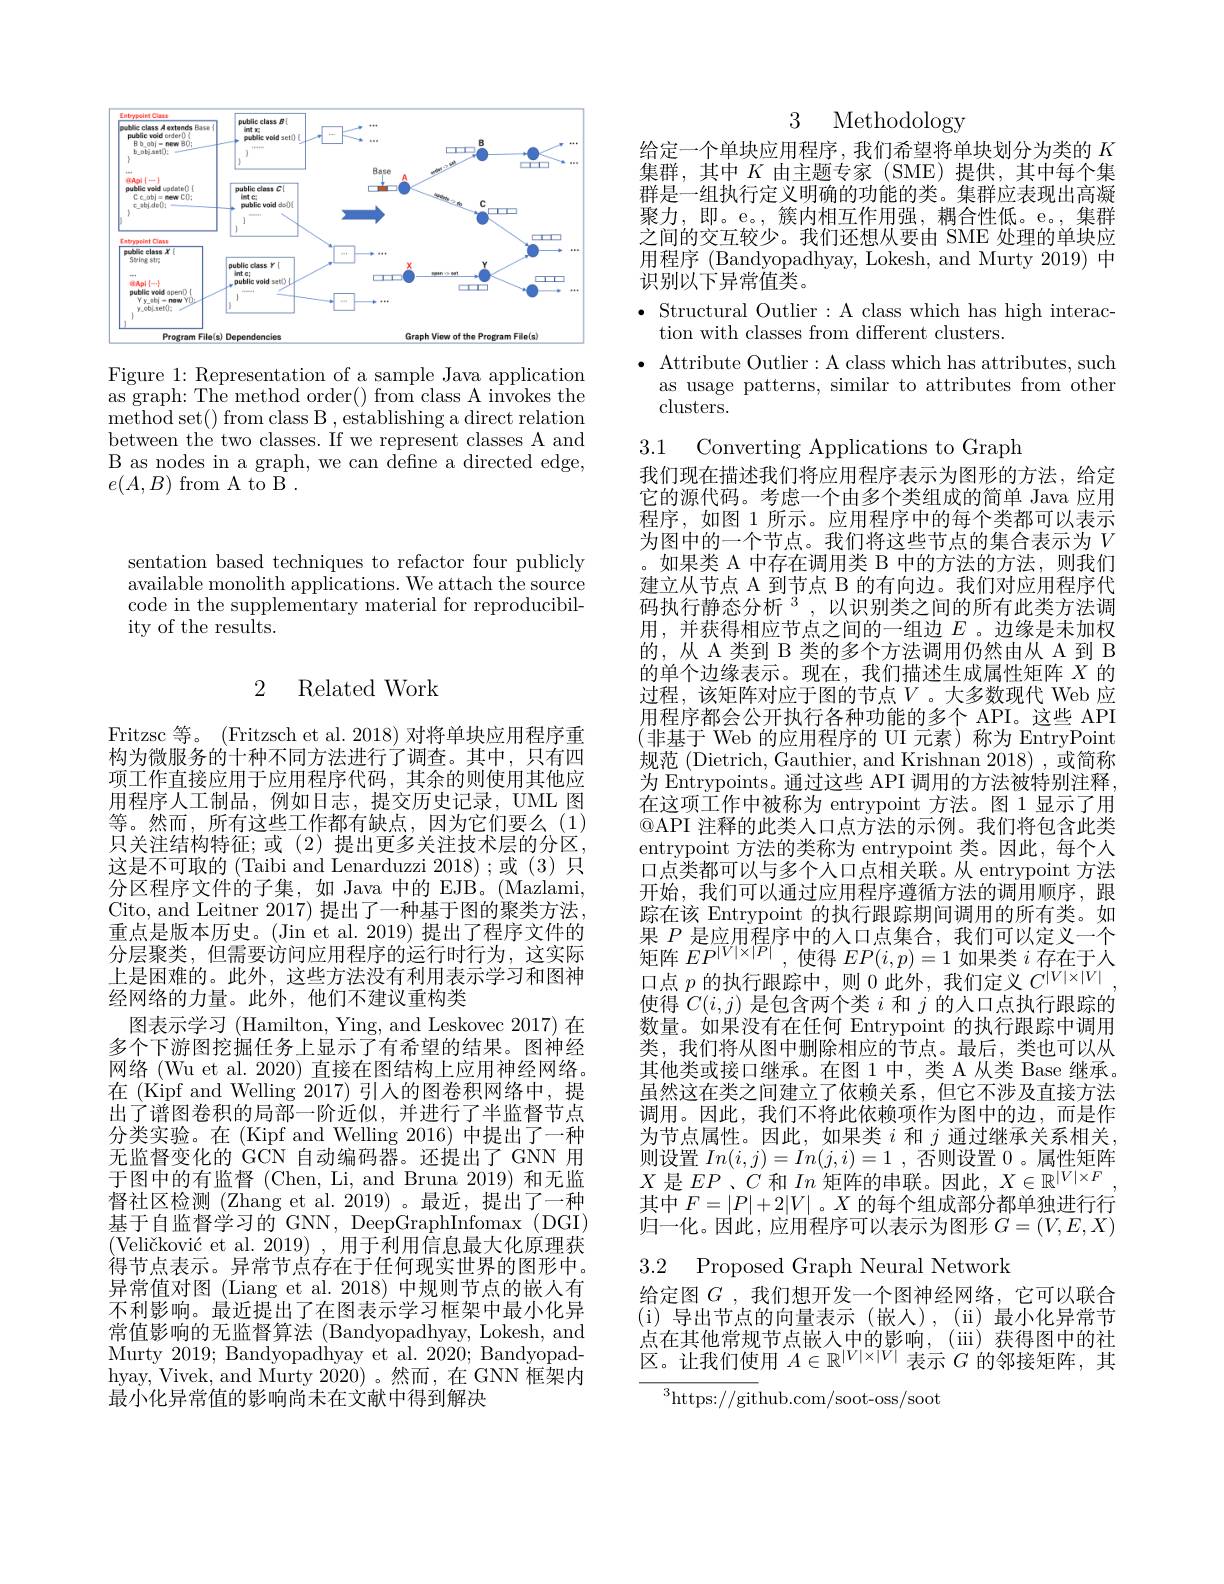
<FigureHere>

Figure 1: Representation of a sample Java application $\bar{\text{as graph: The method order() from class A invokes the}}$ ${\mathrm{method~set()~from~class~B~,~establishing~a~direct~relation}}$ between the two classes. If we represent classes A and B as nodes in a graph, we can define a directed edge, $e(A,B)$ from A to B.

sentation based techniques to refactor four publicly available monolith applications. We attach the source code in the supplementary material for reproducibility of the results.

# 2 Related Work

Fritzsc 等。(Fritzsch et al. 2018) 对将单块应用程序重构为微服务的十种不同方法进行了调查。其中，只有四项工作直接应用于应用程序代码，其余的则使用其他应用程序人工制品，例如日志，提交历史记录，UML 图等。然而，所有这些工作都有缺点，因为它们要么(1) 只关注结构特征；或(2)提出更多关注技术层的分区， 这是不可取的 (Taibi and Lenarduzzi 2018) ;或 (3) 只分区程序文件的子集，如 Java 中的 EJB。(Mazlami, Cito, and Leitner 2017) 提出了一种基于图的聚类方法， 重点是版本历史。(Jin et al. 2019) 提出了程序文件的分层聚类，但需要访问应用程序的运行时行为，这实际上是困难的。此外，这些方法没有利用表示学习和图神经网络的力量。此外，他们不建议重构类
图表示学习 (Hamilton, Ying, and Leskovec 2017) 在多个下游图挖掘任务上显示了有希望的结果。图神经网络 (Wu et al. 2020) 直接在图结构上应用神经网络。在 (Kipf and Welling 2017) 引人的图卷积网络中，提出了谱图卷积的局部一阶近似，并进行了半监督节点分类实验。在(Kipf and Welling 2016)中提出了一种无监督变化的 GCN 自动编码器。还提出了 GNN 用于图中的有监督 (Chen, Li, and Bruna 2019) 和无监督社区检测 (Zhang et al. 2019) 。最近，提出了一种基于自监督学习的 GNN, DeepGraphInfomax (DGI) $( \text{Veli\v {c}kovi\' {c}etal. 2019) , 用 于 利 用 信 息 最 大 化 原 理 获 }$ 得节点表示。异常节点存在于任何现实世界的图形中。异常值对图(Liang et al.2018)中规则节点的嵌人有不利影响。最近提出了在图表示学习框架中最小化异常值影响的无监督算法 (Bandyopadhyay, Lokesh, and Murty 2019; Bandyopadhyay et al. 2020; Bandyopadhyay, Vivek, and Murty 2020) 。然而，在 GNN 框架内最小化异常值的影响尚未在文献中得到解决

3 Methodology

给定一个单块应用程序，我们希望将单块划分为类的$K$ 集群，其中$K$由主题专家(SME)提供，其中每个集群是一组执行定义明确的功能的类。集群应表现出高凝聚力，即。e。,簇内相互作用强，耦合性低。e。,集群之间的交互较少。我们还想从要由 SME 处理的单块应用程序 (Bandyopadhyay, Lokesh, and Murty 2019) 中识别以下异常值类。
$\bullet$ Structural Outlier:A class which has high interac-
tion with classes from different clusters.
$\bullet$ Attribute Outlier:A class which has attributes, such
as usage patterns, similar to attributes from other
clusters.

3.1

Converting Applications to Graph

我们现在描述我们将应用程序表示为图形的方法，给定它的源代码。考虑一个由多个类组成的简单 Java 应用程序，如图 1 所示。应用程序中的每个类都可以表示为图中的一个节点。我们将这些节点的集合表示为$V$ 如果类 A 中存在调用类 B 中的方法的方法，则我们建立从节点 A 到节点 B 的有向边。我们对应用程序代码执行静态分析$^3$,以识别类之间的所有此类方法调用，并获得相应节点之间的一组边$E$ 。边缘是未加权的，从 A 类到 B 类的多个方法调用仍然由从 A 到 B 的单个边缘表示。现在，我们描述生成属性矩阵$X$的过程，该矩阵对应于图的节点$V$。大多数现代 Web 应用程序都会公开执行各种功能的多个 API。这些 API (非基于 Web 的应用程序的 UI 元素)称为 EntryPoint 规范 (Dietrich, Gauthier, and Krishnan 2018),或简称为 Entrypoints。通过这些 API 调用的方法被特别注释， 在这项工作中被称为 entrypoint 方法。图 1 显示了用$\textcircled{\mathrm{QAPI 注释的此类人口点方法的示例。我们将包含此类}}$ entrypoint 方法的类称为 entrypoint 类。因此，每个人口点类都可以与多个人口点相关联。从 entrypoint 方法开始，我们可以通过应用程序遵循方法的调用顺序，跟踪在该 Entrypoint 的执行跟踪期间调用的所有类。如$\begin{array}{c}\text{果 }P\text{ 是应用程序中的人口点集合，我们可以定义一个}\\\text{矩阵 }EP^{|V|\times|P|},\text{使得 }EP(i,p)=1\text{ 如果类 }i\text{ 存在于人}\end{array}$ 使得$C(i,j)$是包含两个类$i$和$j$的人口点执行跟踪的数量。如果没有在任何 Entrypoint 的执行跟踪中调用类，我们将从图中删除相应的节点。最后，类也可以从其他类或接口继承。在图 1 中，类 A 从类 Base 继承。虽然这在类之间建立了依赖关系，但它不涉及直接方法调用。因此，我们不将此依赖项作为图中的边，而是作为节点属性。因此，如果类$i$和$j$通过继承关系相关则设置$In(i,j)=In(j,i)=1$ ,否则设置0 。属性矩阵$X$是$EP$、$C$和$In$矩阵的串联。因此，$X\in\mathbb{R}^|V|\times F$ 其中$F=|P|+2|V|$ 。$X$的每个组成部分都单独进行行归一化。因此，应用程序可以表示为图形$G=(V,E,X)$ 3.2 Proposed Graph Neural Network
给定图$G$ ,我们想开发一个图神经网络，它可以联合( i) 导出节点的向量表示(嵌入),(ii)最小化异常节点在其他常规节点嵌入中的影响，(iii)获得图中的社区。让我们使用$A\in\mathbb{R}^|V|\times|V|$表示$G$的邻接矩阵，其

${^3}$https: / / github. com/ soot- oss/ soot